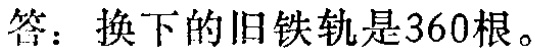
答：换下的旧铁轨是360根。